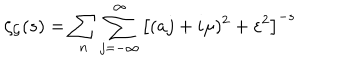
\zeta _ { \cal G } ( s ) = \sum _ { n } \sum _ { j = - \infty } ^ { \infty } \left[ ( a j + i \mu ) ^ { 2 } + \varepsilon ^ { 2 } \right] ^ { - s }